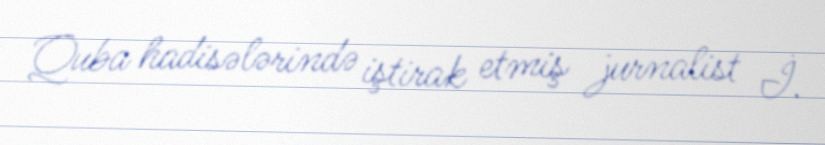
Quba hadisələrində iştirak etmiş jurnalist İ.